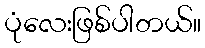
ပုံလေးဖြစ်ပါတယ်။